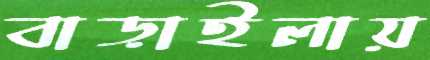
বাড়াইলায়